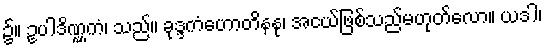
၌။ ဥပါဒိဏ္ဏကံ၊ သည်။ ခုဒ္ဒကံဟောတိနနု၊ အငယ်ဖြစ်သည်မဟုတ်လော။ ယဒါ၊